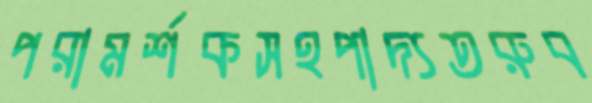
পরামর্শকসহপাদ্যতরুব